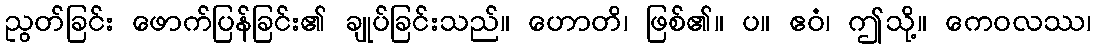
ညွတ်ခြင်း ဖောက်ပြန်ခြင်း၏ ချုပ်ခြင်းသည်။ ဟောတိ၊ ဖြစ်၏။ ပ။ ဧဝံ၊ ဤသို့။ ကေဝလဿ၊